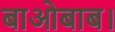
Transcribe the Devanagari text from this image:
बाओबाब।